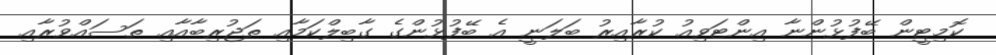
ކޮމިޓީން ބޭފުޅުންނާ އިންޓަވިއު ކުރާއިރު ބަލަނީ އެ ބޭފުޅުންގެ ގާބިލްކަމާއި ތަޖުރިބާއާއި ތަސައްވުރާއި